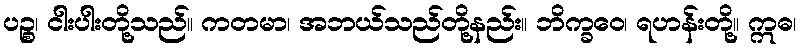
ပဉ္စ၊ ငါးပါးတို့သည်။ ကတမာ၊ အဘယ်သည်တို့နည်း။ ဘိက္ခဝေ၊ ရဟန်းတို့။ ဣဓ၊